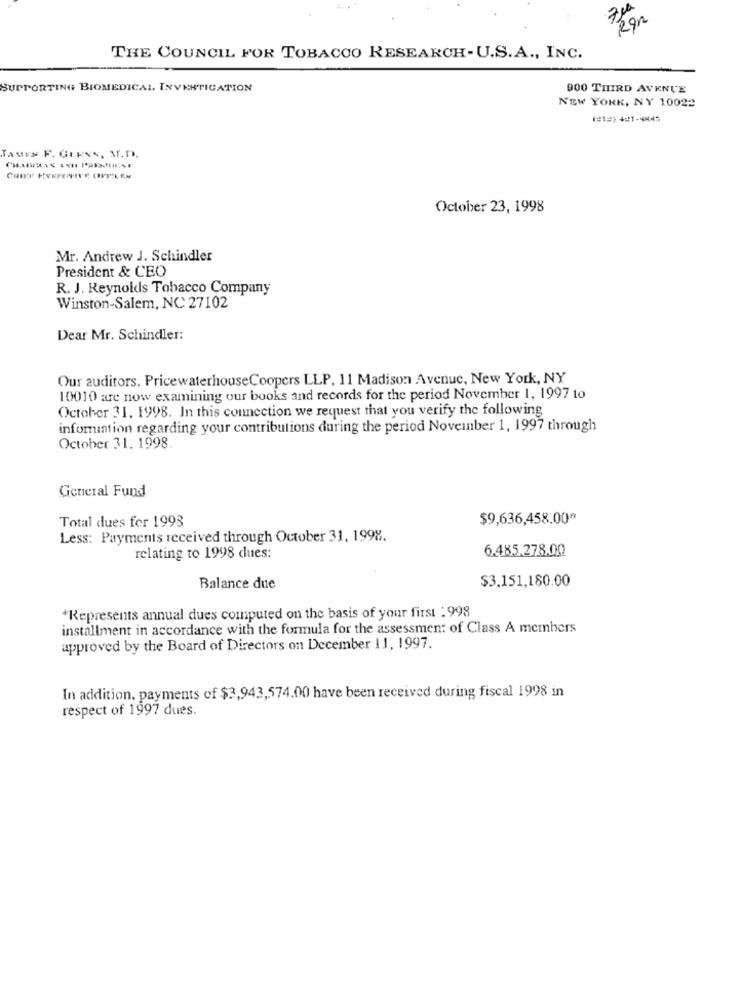
THE COUNCIL FOR TOBACCO RESEARCH-U.S.A ., INC.
SUPPORTING BIOMEDICAL INVESTIGATION
900 THIRD AVENUE
NEW YORK, NY 10022
-)-1-45
TAMEN F. GLENN, M.D.
October 23, 1998
Mr. Andrew J. Schindler
President & CEO
R. J. Reynolds Tobacco Company
Winston-Salem, NC 27102
Dear Mr. Schindler:
Our auditors. PricewaterhouseCoopers LLP, 11 Madison Avenue, New York, NY
10010 are now examining our books and records for the period November 1, 1997 to
October 31. 1998. In this connection we request that you verify the following
information regarding your contributions during the period November 1, 1997 through
October 31. 1998
General Fund
Total dues for 1993
$9,636,458.00*
Less: Payments received through October 31, 1998.
6.485,278.00
relating to 1998 dues:
$3.151,180.00
Balance due
*Represents annual dues computed on the basis of your first : 998
installment in accordance with the formula for the assessment of Class A members
approved by the Board of Directors on December 11, 1997.
In addition, payments of $3,943,574.00 have been received during fiscal 1998 in
respect of 1997 dues.